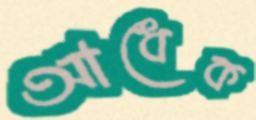
আধেক